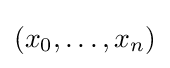
(x_{0},\ldots ,x_{n})